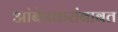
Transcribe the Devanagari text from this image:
आंबेडकरांबाबत